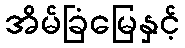
အိမ်ခြံမြေနှင့်